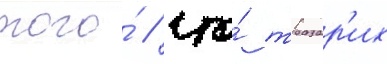
того́ / что́ тразар'их